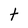
Character: t